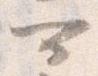
可